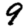
Digit: 9